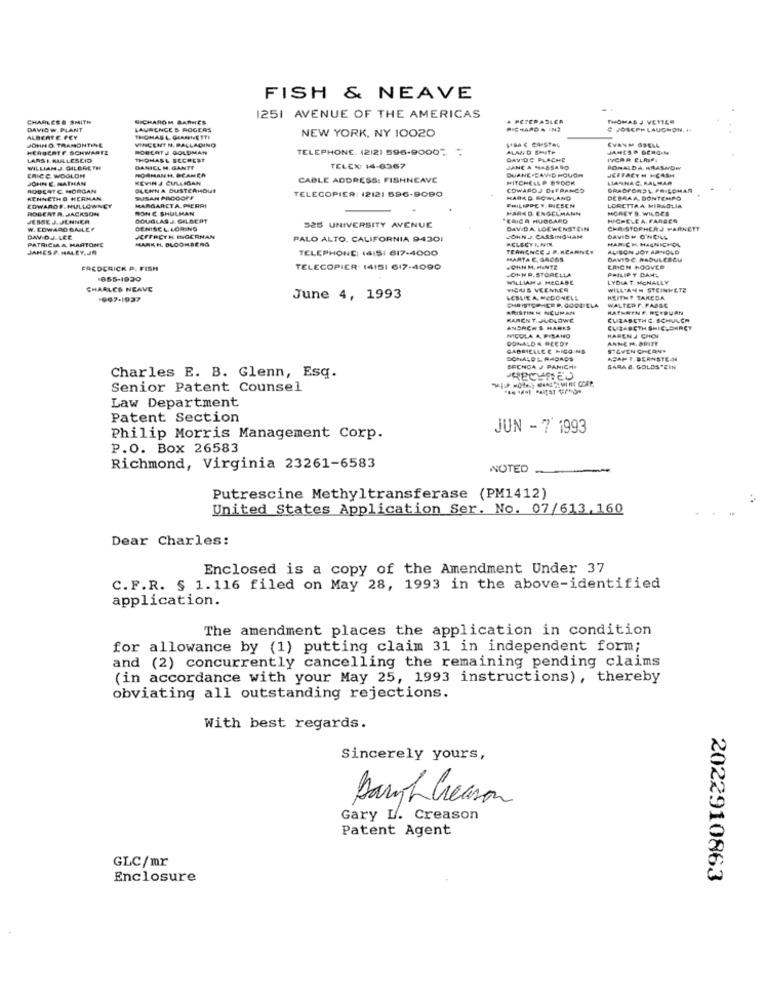
FISH & NEAVE
CHARLES& SMITH
SICHAROM BANNIES
1251 AVENUE OF THE AMERICAS
. PCTERASLER
THOMAS J VETEER
DAVID W. PLANT
LAURENCES ROGERS
NEW YORK, NY 10020
JOSEPH LAUGHON. +
ALBERT E. FEY
JOHN O. TRAMONTINE
THIGHAS L. GLARENETTE
VINCENT N. PALLADINO
HERBERTF.SCHWARTZ
BOBCAT J GOLDMAN
TELEPHONE. (2121 596-90007
ALAND SANTP
JAMES& GERGIN
LARS & RULLESEID
THOMASL FECHEST
DAVIDE PLACHE
IVCAR ELAP.
WILLIAMJ. GILGRETH
ERICC WOGLON
DANIEL M. GANTT
TELEX: 14-6367
JANE A MASSA90
DUANE.DAVID HOUGH
RONALDA, KRASHOW
JOHN E. MATHAN
KEVINJ CULLIGAN
CABLE ADDRESS: FISHNEAVE
MITCHELLP BROOK
JEFFACY M KCASH
LIANNAC. KALMAR
ROBERT C. MORGAN
OLCHINA DUSTERHOUE
TELECOPIER: 12121 596-9090
COWAROJ DEFPANCO
BRADFORDL FRIEDMAN
KENNETHO HERMAN
SUSAN PROGOFF
MARK DEGWLAND
DEBRAA BONTEMPO
EDWAROF.NULLGWNEY
ROBERTR JACKSON
MARGARETA. PIERRI
RON C. SHULMAN
MARK D. ENGELMANN
PHILIPPEY.DIESEN
MCREY D. WILDES
LORETTAA MIRAGLIA
JESSE J. JENNER
DOUGLASJ. GELBERT
"ERICA HUGSARD
HICHELE A. FARGER
W. EDWARD BAILE?
CENISEL LORING
525 UNIVERSITY AVENUE
DAVIDA LOEWENSTEIN
CHRISTOPHERJ PARNETT
DAVID.A.LEE
PATRICIA. MARTONE
JEFFREY H. INGERNAN
MARKH. BLOOMBERG
PALO ALTO, CALIFORNIA 94301
SELECTININ
JOHN J. CASSINGMAM
DAVIDH ONOLL
HAR-CH. HACNICHOL
JAMESP. HALEY, JR
TELEPHONE: (6IS: 617-4000
TEARCNEE J P. MCARNEY
ALISON JOY ARNOLD
MARTA C. GAOGS
DAVIDE, RADULESCU
FREDERICK P. FISH
TELECOPIER 14151 617-4090
JOHN R. STORELLA
.OHNM. HUNTZ
ERICH HOOVER
PHILIPY DANS
WILLIAM J MECABE
LYDIAT. MCNALLY
CHARLES NEAVE
VICIUS VEEINER
WILL ANN STEINHETE
June 4, 1993
LEMIE A, MEDONELL
HEITHT TAKEDA
ARISTINN NCUMAN
CHRISTCONCEP. GOOD TLA
WALTER F. FABSE
KATHRIN F. RETBURN
KAREN T.JUDLOWE
CUZABETH S. SCHULCA
ANDREW'S HANKS
CUIZABETH SHICESARET
DONALDA BEEDY
NICOLA A. PISANO
HARENJ CHOI
GABRIELLE E HIGGINS
STEVEN CHEONY
ACAP T. BERNSTE-44
BECHCA J PANICH
SARAB. GOLDSTEIN
Charles E. B. Glenn, Esq.
Senior Patent Counsel
Law Department
Patent Section
JUN - 7 1993
Philip Morris Management Corp.
P.O. Box 26583
Richmond, Virginia 23261-6583
NOTED -.
Putrescine Methyltransferase (PM1412)
United States Application Ser. No. 07/613,160
Dear Charles:
Enclosed is a copy of the Amendment Under 37
C.F.R. § 1.116 filed on May 28, 1993 in the above-identified
application.
The amendment places the application in condition
for allowance by (1) putting claim 31 in independent form;
and (2) concurrently cancelling the remaining pending claims
(in accordance with your May 25, 1993 instructions), thereby
obviating all outstanding rejections.
With best regards.
Sincerely yours,
Bargh Crearon
Gary L. Creason
Patent Agent
GLC/mr
Enclosure
2022910863